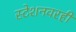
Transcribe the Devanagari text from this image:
स्टेशनवरही